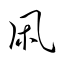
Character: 凩